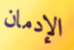
الإدمان